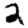
Digit: 2